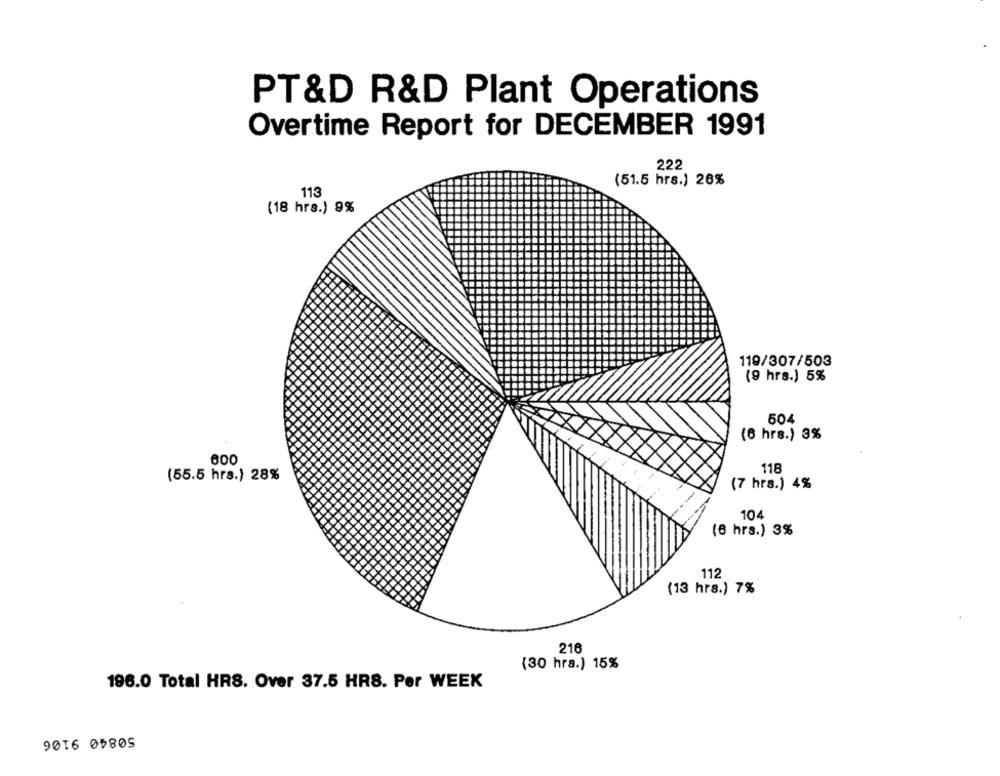
PT&D R&D Plant Operations
Overtime Report for DECEMBER 1991
222
(51.5 hrs.) 26%
113
(18 hrs.) 9%
119/307/503
(9 hrs.) 5%
504
(6 hrs.) 3%
600
118
(55.5 hrs.) 28%
(7 hrs.) 4%
104
(6 hrs.) 3%
112
(13 hrs.) 7%
216
(30 hrs.) 15%
196.0 Total HRS. Over 37.5 HRS. Per WEEK
50840 9106